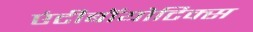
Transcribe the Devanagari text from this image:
एंटीबॉयोटिक्स